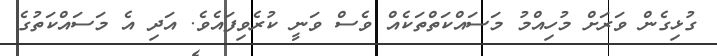
ގުޅިގެން ވަރަށް މުހިއްމު މަސައްކަތްތަކެއް ވެސް ވަނީ ކުރެވިފައެވެ. އަދި އެ މަސައްކަތުގެ